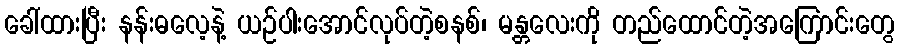
ခေါ်ထားပြီး နန်းဓလေ့နဲ့ ယဉ်ပါးအောင်လုပ်တဲ့စနစ်၊ မန္တလေးကို တည်ထောင်တဲ့အကြောင်းတွေ